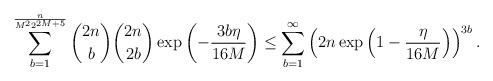
LaTeX: \begin{align*}\sum_{b=1}^{\frac{n}{M^22^{2M+5}}} \binom{2n}{b}\binom{2n}{2b}\exp\left(-\frac{3b\eta}{16M}\right)&\leq \sum_{b=1}^{\infty} \left(2n\exp\left(1-\frac{\eta}{16M}\right)\right)^{3b}.\end{align*}